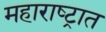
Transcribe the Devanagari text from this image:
महाराष्‍ट्रात